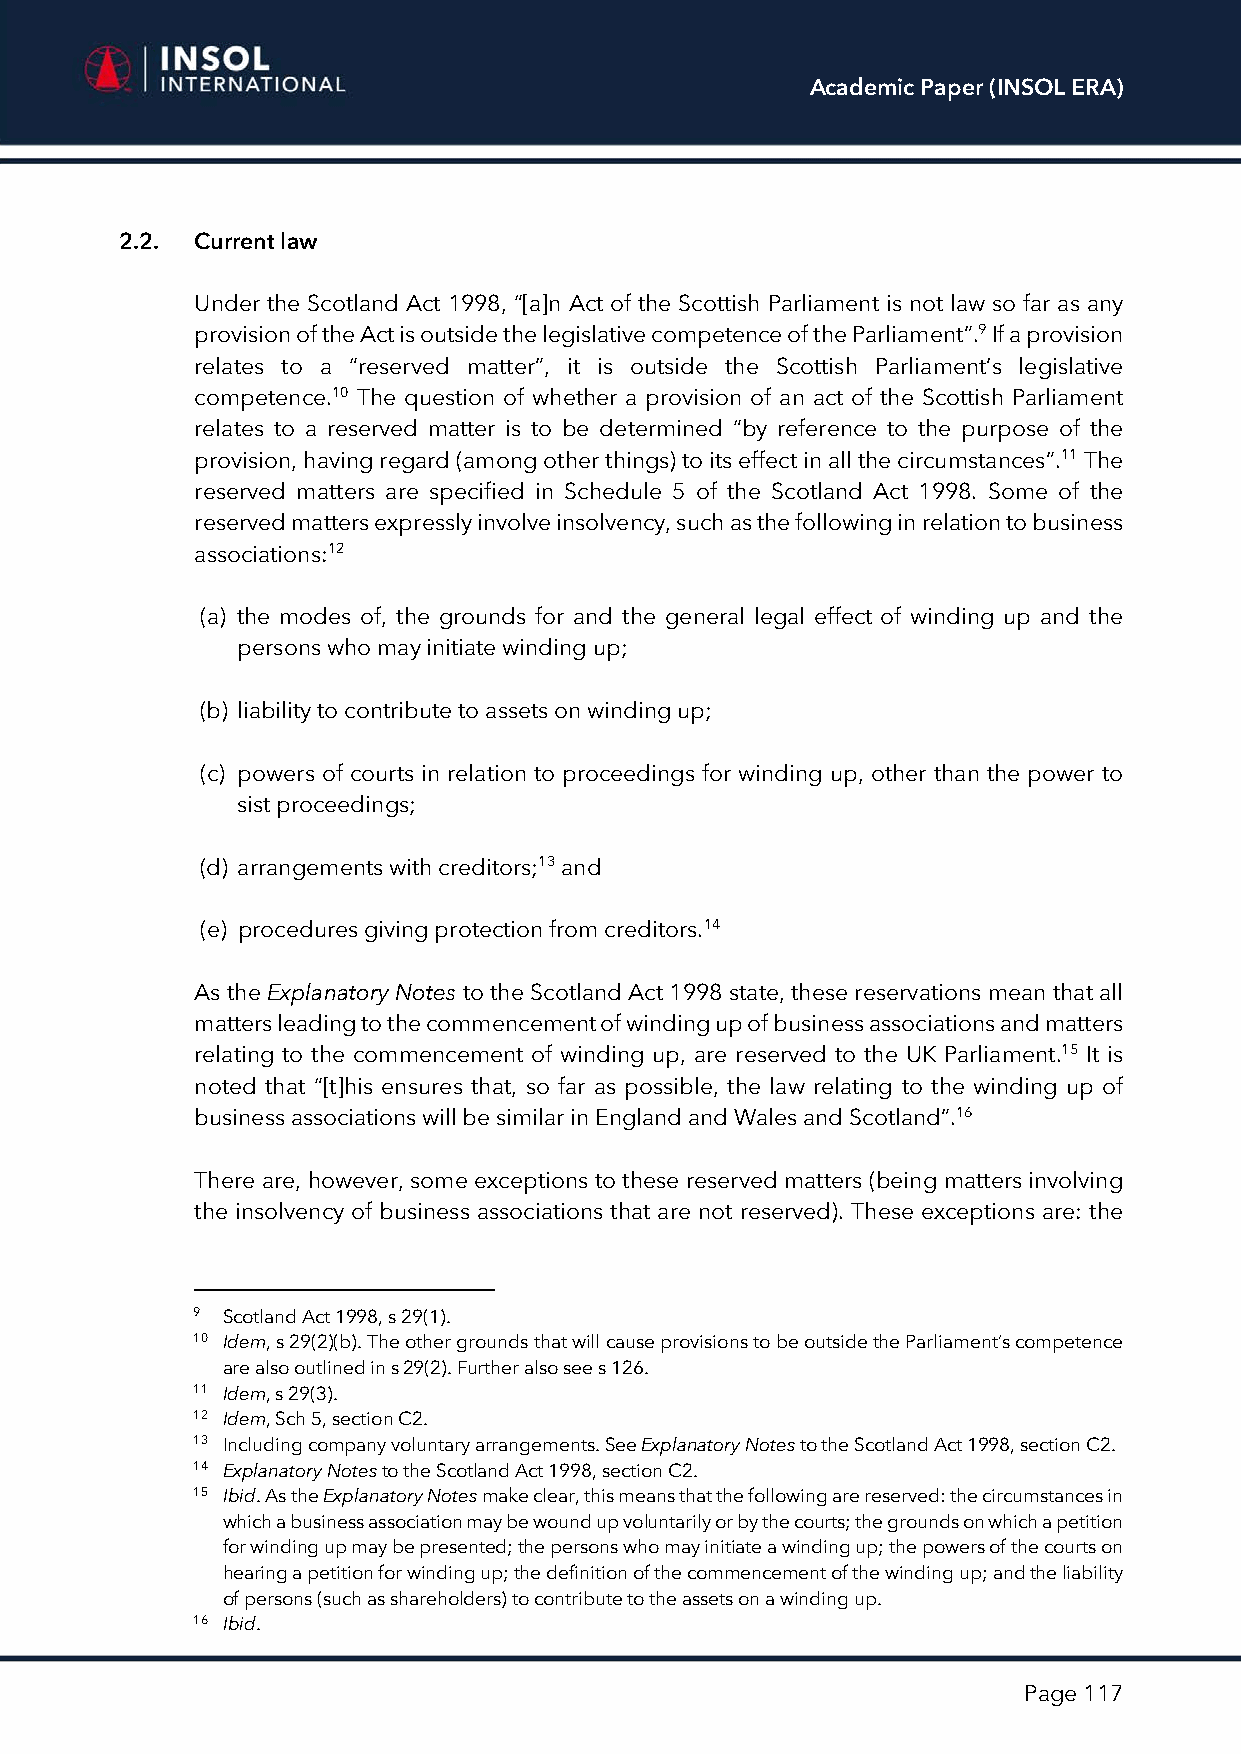
Academic Paper (INSOL ERA)
 2.2. Current law
 Under the Scotland Act 1998, “[a]n Act of the Scottish Parliament is not law so far as any
 provision of the Act is outside the legislative competence of the Parliament”.9 If a provision
 relates to a “reserved matter”, it is outside the Scottish Parliament’s legislative
 competence.10 The question of whether a provision of an act of the Scottish Parliament
 relates to a reserved matter is to be determined “by reference to the purpose of the
 provision, having regard (among other things) to its effect in all the circumstances”.11 The
 reserved matters are specified in Schedule 5 of the Scotland Act 1998. Some of the
 reserved matters expressly involve insolvency, such as the following in relation to business
 associations:12
 (a) the modes of, the grounds for and the general legal effect of winding up and the
 persons who may initiate winding up;
 (b) liability to contribute to assets on winding up;
 (c) powers of courts in relation to proceedings for winding up, other than the power to
 sist proceedings;
 (d) arrangements with creditors;13 and
 (e) procedures giving protection from creditors.14
 As the Explanatory Notes to the Scotland Act 1998 state, these reservations mean that all
 matters leading to the commencement of winding up of business associations and matters
 relating to the commencement of winding up, are reserved to the UK Parliament.15 It is
 noted that “[t]his ensures that, so far as possible, the law relating to the winding up of
 business associations will be similar in England and Wales and Scotland”.16
 There are, however, some exceptions to these reserved matters (being matters involving
 the insolvency of business associations that are not reserved). These exceptions are: the
 9 Scotland Act 1998, s 29(1).
 10 Idem, s 29(2)(b). The other grounds that will cause provisions to be outside the Parliament’s competence
 are also outlined in s 29(2). Further also see s 126.
 11 Idem, s 29(3).
 12 Idem, Sch 5, section C2.
 13 Including company voluntary arrangements. See Explanatory Notes to the Scotland Act 1998, section C2.
 14 Explanatory Notes to the Scotland Act 1998, section C2.
 15 Ibid. As the Explanatory Notes make clear, this means that the following are reserved: the circumstances in
 which a business association may be wound up voluntarily or by the courts; the grounds on which a petition
 for winding up may be presented; the persons who may initiate a winding up; the powers of the courts on
 hearing a petition for winding up; the definition of the commencement of the winding up; and the liability
 of persons (such as shareholders) to contribute to the assets on a winding up.
 16 Ibid.
 Page 117